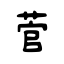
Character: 菅